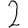
Digit: 2